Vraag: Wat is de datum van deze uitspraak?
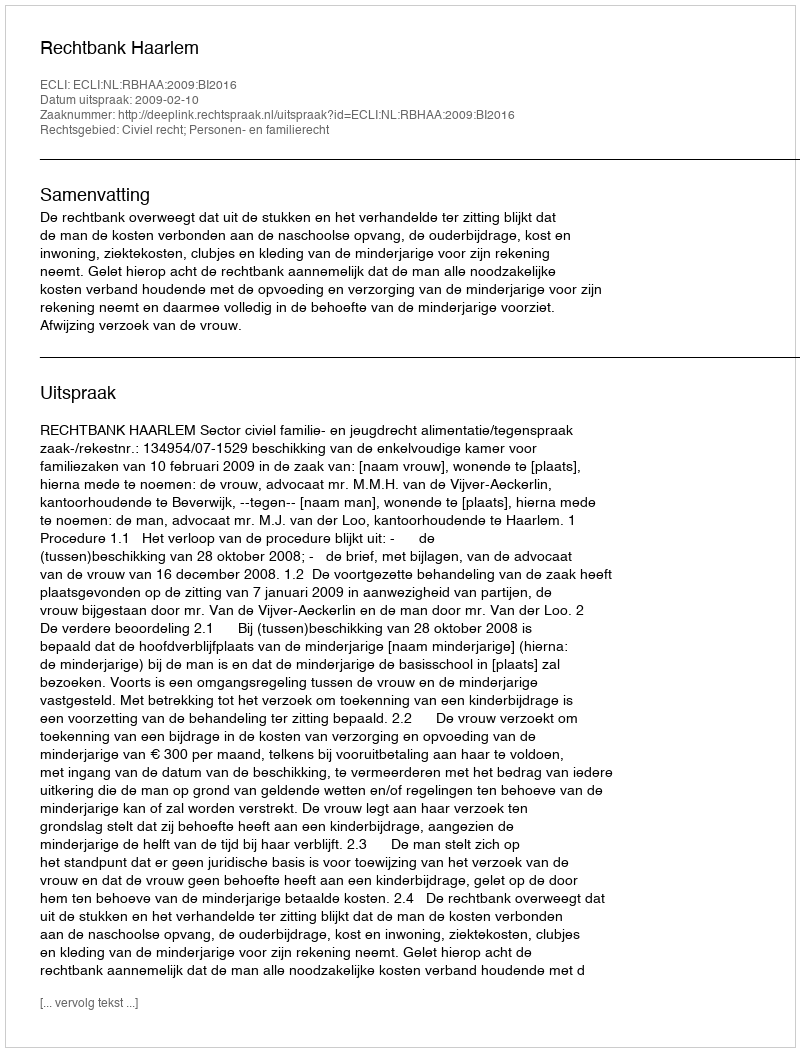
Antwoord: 2009-02-10